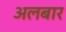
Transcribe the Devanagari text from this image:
अलबार